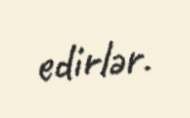
edirlər.